Leaving Certificate Examination (including Day School Certificate (Higher) General paper), 1934
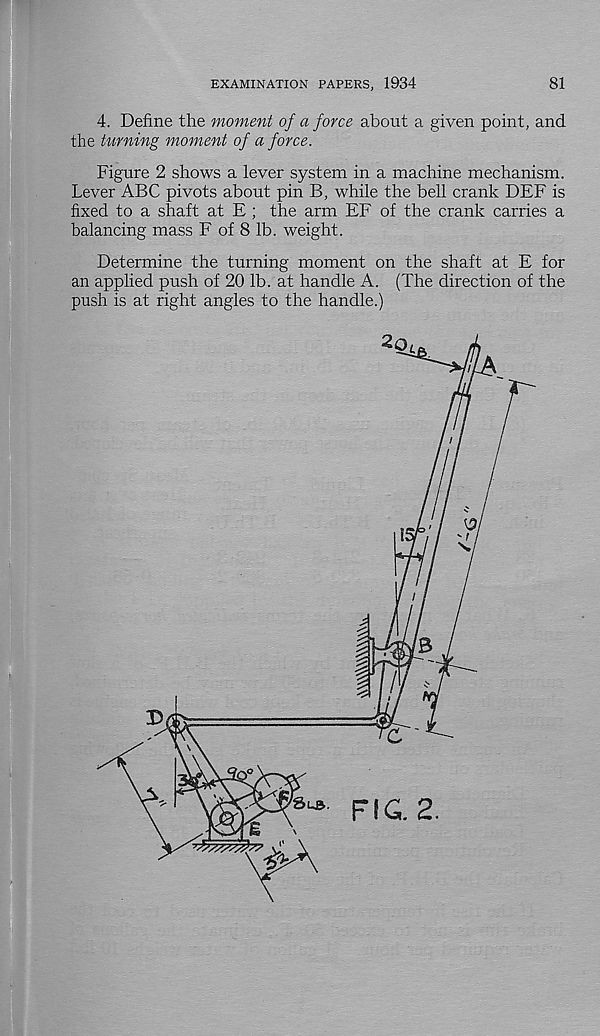
EXAMINATION PAPERS, 1934
81
4. Define the moment of a force about a given point, and
the turning moment of a force.
Figure 2 shows a lever system in a machine mechanism.
Lever ABC pivots about pin B, while the bell crank DEF is
fixed to a shaft at E ; the arm EF of the crank carries a
balancing mass F of 8 lb. weight.
Determine the turning moment on the shaft at E for
an applied push of 20 lb. at handle A. (The direction of the
push is at right angles to the handle.)